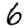
Digit: 6